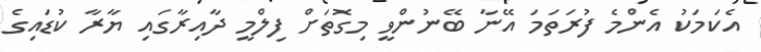
އެކަމަކު އެންމެ ފުރަތަމަ އޭނާ ބޭނުންވީ މިގޮތަށް ފިލްމީ ދާއިރާގައި ޔާރާ ކުޑައިގެ